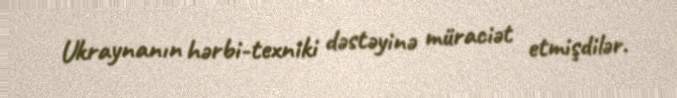
Ukraynanın hərbi-texniki dəstəyinə müraciət etmişdilər.